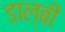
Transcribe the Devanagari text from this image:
डाल्बी